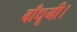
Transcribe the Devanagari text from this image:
बाँधूगी।